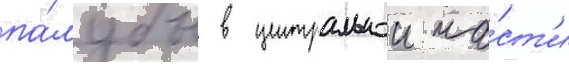
па́лубы в центральнои ча́ст'и